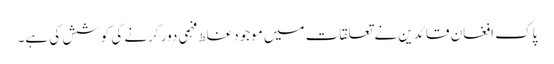
پاک افغان قائدین نے تعلقات میں موجود غلط فہمی دور کرنے کی کوشش کی ہے۔